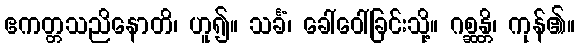
ဧကတ္တသညိနောတိ၊ ဟူ၍။ သင်္ခံ၊ ခေါ်ဝေါ်ခြင်းသို့။ ဂစ္ဆန္တိ၊ ကုန်၏။